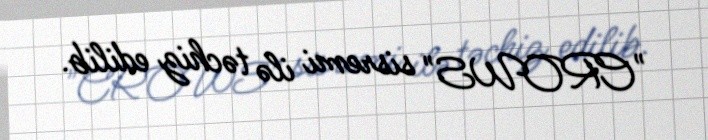
"CROWS" sisremi ilə təchiz edilib.